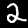
Digit: 2